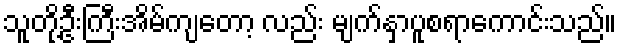
သူတို့ဦးကြီးအိမ်ကျတော့ လည်း မျက်နှာပူစရာကောင်းသည်။